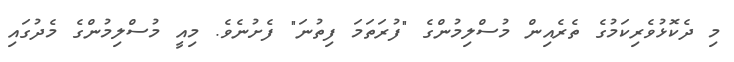
މި ދެކޮޅުވެރިކަމުގެ ތެރެއިން މުސްލިމުންގެ "ފުރަތަމަ ފިތުނަ" ފެށުނެވެ. މިއީ މުސްލިމުންގެ މެދުގައި